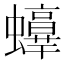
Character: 𧔫